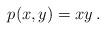
LaTeX: \begin{align*}p(x,y)=xy\,.\end{align*}